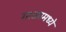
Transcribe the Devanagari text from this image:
गाळामध्ये